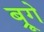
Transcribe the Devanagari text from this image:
ब्रूगे